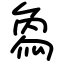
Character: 𤊱